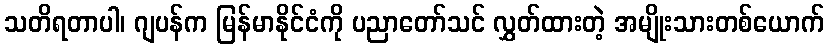
သတိရတာပါ၊ ဂျပန်က မြန်မာနိုင်ငံကို ပညာတော်သင် လွှတ်ထားတဲ့ အမျိုးသားတစ်ယောက်